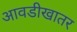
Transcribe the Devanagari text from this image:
आवडीखातर